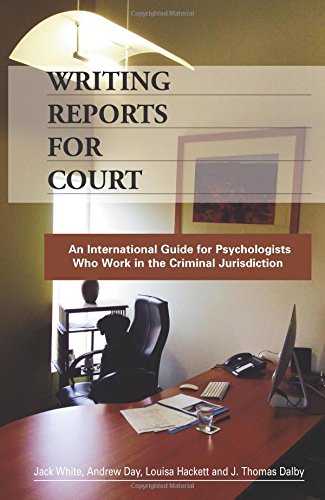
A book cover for Writing Reports for Court: An International Guide for Psychologists Who Work in the Criminal Jurisdiction; Jack White; Medical Books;